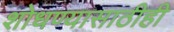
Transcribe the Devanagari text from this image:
शोधण्यासाठीही